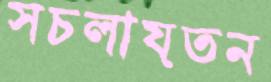
সচলায়তন